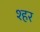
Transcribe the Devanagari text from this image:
श्हर